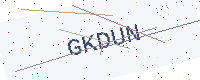
Text: GKDUN